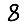
Digit: 8